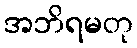
အဘိရမတု